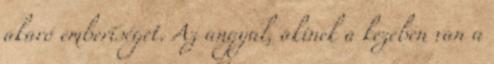
akaró emberiséget. Az angyal, akinek a kezében van a